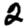
Digit: 2